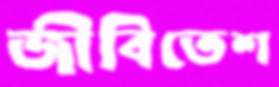
জীবিতেশ